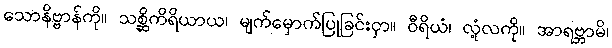
သောနိဗ္ဗာန်ကို။ သစ္ဆိကိရိယာယ၊ မျက်မှောက်ပြုခြင်းငှာ။ ဝီရိယံ၊ လုံ့လကို။ အာရဗ္ဘာမိ၊